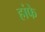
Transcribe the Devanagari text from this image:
हांफे